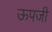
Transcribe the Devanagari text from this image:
ऊपजी